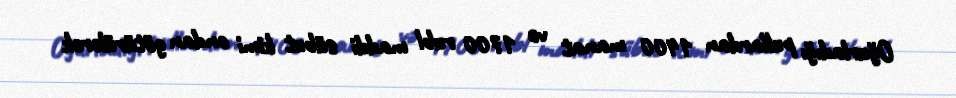
Oğurladığı pullardan 1400 manat və 1700 rubl maddi sübut kimi ondan götürülərək